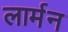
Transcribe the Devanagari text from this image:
लार्मन